Lunatic asylums in Bengal annual reports 1888-1898 - 1888-1898
Year: 1888
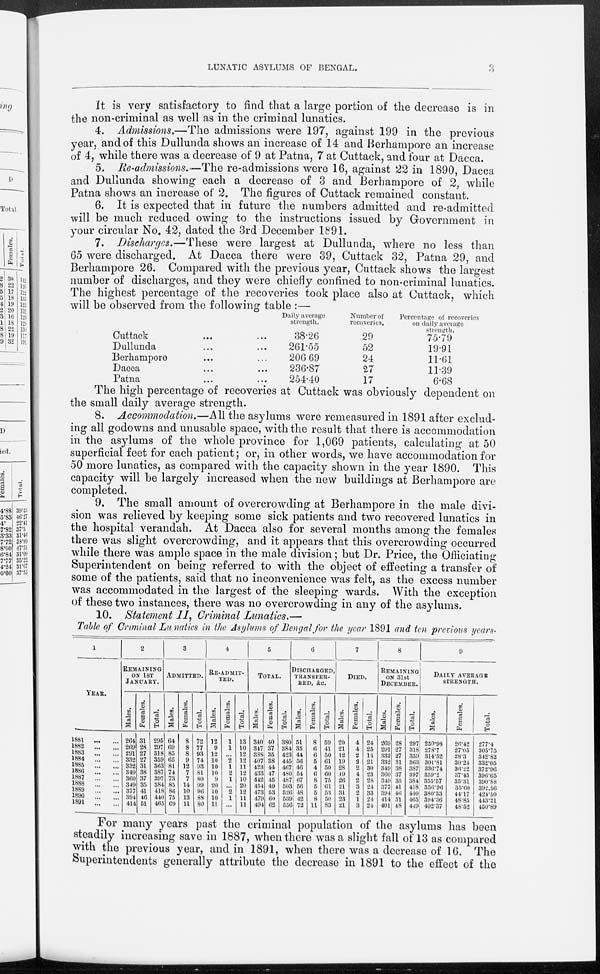
LUNATIC ASYLUMS OF BENGAL.
3
It is very satisfactory to find that a large portion of the decrease is in
the non-criminal as well as in the criminal lunatics.
4. Admissions.—The admissions were 197, against 199 in the previous
year, and of this Dullunda shows an increase of 14 and Berhampore an increase
of 4, while there was a decrease of 9 at Patna, 7 at Cuttack, and four at Dacca.
5. Re-admissions.—The re-admissions were 16, against 22 in 1890, Dacca
and Dullunda showing each a decrease of 3 and Berhampore of 2, while
Patna shows an increase of 2. The figures of Cuttack remained constant.
6. It is expected that in future the numbers admitted and re-admitted
will be much reduced owing to the instructions issued by Government in
your circular No. 42, dated the 3rd December 1891.
7. Discharges.—These were largest at Dullunda, where no less than
65 were discharged. At Dacca there were 39, Cuttack 32, Patna 29, and
Berhampore 26. Compared with the previous year, Cuttack shows the largest
number of discharges, and they were chiefly confined to non-criminal lunatics.
The highest percentage of the recoveries took place also at Cuttack, which
will be observed from the following table :—
Cuttack ... ...
Dullunda ... ...
Berhampore ... ...
Dacca ... ...
Patna ... ...
Daily average
strength.
38.26
261.55
206.69
236.87
254.40
Number of
recoveries.
29
52
24
27
17
Percentage of recoveries
on daily average
strength.
75.79
19.91
11.61
11.39
6.68
The high percentage of recoveries at Cuttack was obviously dependent on
the small daily average strength.
8. Accommodation.—All the asylums were remeasured in 1891 after exclud-
ing all godowns and unusable space, with the result that there is accommodation
in the asylums of the whole province for 1,069 patients, calculating at 50
superficial feet for each patient; or, in other words, we have accommodation for
50 more lunatics, as compared with the capacity shown in the year 1890. This
capacity will be largely increased when the new buildings at Berhampore are
completed.
9. The small amount of overcrowding at Berhampore in the male divi-
sion was relieved by keeping some sick patients and two recovered lunatics in
the hospital verandah. At Dacca also for several months among the females
there was slight overcrowding, and it appears that this overcrowding occurred
while there was ample space in the male division; but Dr. Price, the Officiating
Superintendent on being referred to with the object of effecting a transfer of
some of the patients, said that no inconvenience was felt, as the excess number
was accommodated in the largest of the sleeping wards. With the exception
of these two instances, there was no overcrowding in any of the asylums.
10. Statement II, Criminal Lunatics.—
Table of Criminal Lunatics in the Asylums of Bengal for the year 1891 and ten previous years.
1
YEAR.
1881
...
...
1882
...
...
1883
...
...
1884
...
...
1885
...
...
1886
...
...
1887 ... ...
1888 ... ...
1889
...
...
1890 ... ...
189l ... ...
2
REMAINING
ON 1ST
JANUARY.
Males.
264
269
291
332
332
349
360
349
377
394
414
Females.
31
28
27
27
31
38
37
35
41
46
51
Total.
295
297
318
359
363
387
397
384
418
440
465
3
ADMITTED.
Males.
64
69
85
65
81
74
73
85
86
75
69
Females.
8
8
8
9
12
7
7
14
10
13
11
Total.
72
77
93
74
93
81
80
99
96
88
80
4
RE-ADMIT-
----
Males.
12
9
12
10
10
10
9
20
10
10
11
Females.
1
1
...
2
1
2
1
...
2
1
...
Total.
13
10
12
12
11
12
10
20
12
11
11
5
TOTAL.
Males.
340
347
388
407
423
433
442
454
473
479
494
Females.
40
37
35
38
44
47
45
49
53
60
62
Total.
380
384
423
445
467
480
487
503
526
539
556
6
DISCHARGED,
TRANSFER-
RED, &c.
Males.
51
35
44
56
40
54
67
56
48
42
72
Females.
8
6
6
5
4
6
8
5
5
8
11
Total.
59
41
50
61
50
60
75
61
53
50
83
7
DIED.
Males.
20
21
12
19
28
19
26
21
31
23
21
Females.
4
4
2
2
2
4
2
3
2
1
3
Total.
24
25
14
21
30
23
28
24
33
24
24
8
REMAINING
ON 31st
DECEMBER.
Males.
269
291
332
332
349
360
349
377
394
414
401
Females.
28
27
27
31
38
37
35
41
46
51
48
Total.
297
318
359
363
387
397
384
418
440
465
449
9
DAILY AVERAGE
STRENGTH.
Males.
250.98
278.7
314.52
301.81
336.74
359.2
355.57
356.96
380.33
394.36
402.37
Females.
26.42
27.05
28.3
30.24
36.22
37.45
35.31
35.60
44.17
48.85
48.52
Total.
277.4
305.75
342.82
332.05
372.96
396.65
390.88
392.56
424.50
443.21
450.89
For many years past the criminal population of the asylums has been
steadily increasing save in 1887, when there was a slight fall of 13 as compared
with the previous year, and in 1891, when there was a decrease of 16. The
Superintendents generally attribute the decrease in 1891 to the effect of the